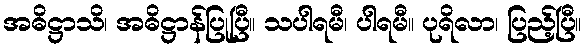
အဓိဋ္ဌာသိ၊ အဓိဋ္ဌာန်ပြုပြီ။ သပါရမီ၊ ပါရမီ။ ပုရိလာ၊ ပြည့်ပြီ။